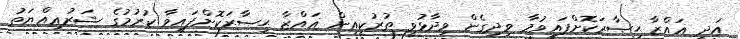
އަދި ޣައްޒާ ޙިޞާރަކޮށްފައިވުމާ ވިދިގެން ވިދާޅުވީ ތުރުކީއިން ޣައްޒާ ޙިޞާރަކޮށްފައިވާ ކުރުމުގެ ޝަރުޢިއްޔަތު